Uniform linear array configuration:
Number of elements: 12
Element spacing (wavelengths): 0.5
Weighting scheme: hamming
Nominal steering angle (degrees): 60
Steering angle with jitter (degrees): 61.855
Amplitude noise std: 0.05
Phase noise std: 0.05

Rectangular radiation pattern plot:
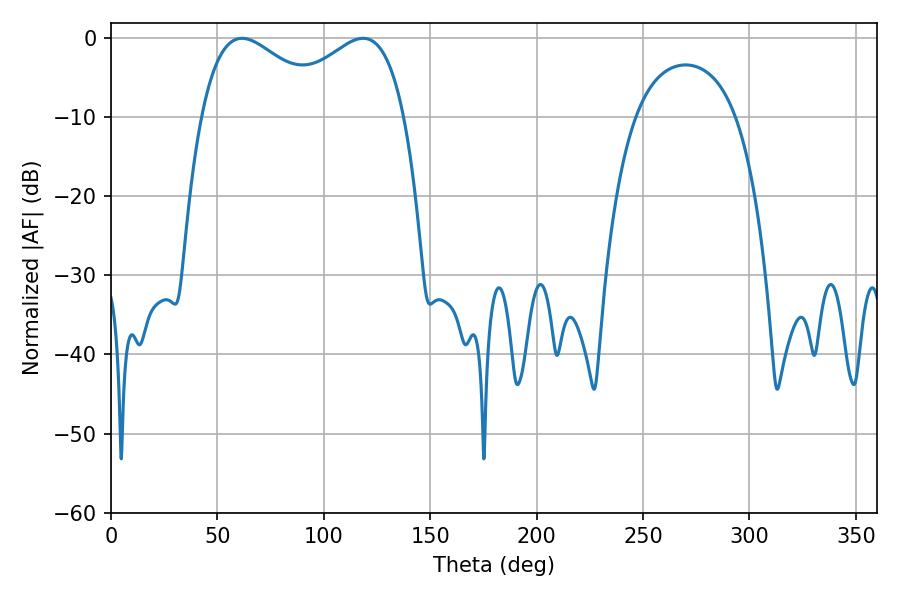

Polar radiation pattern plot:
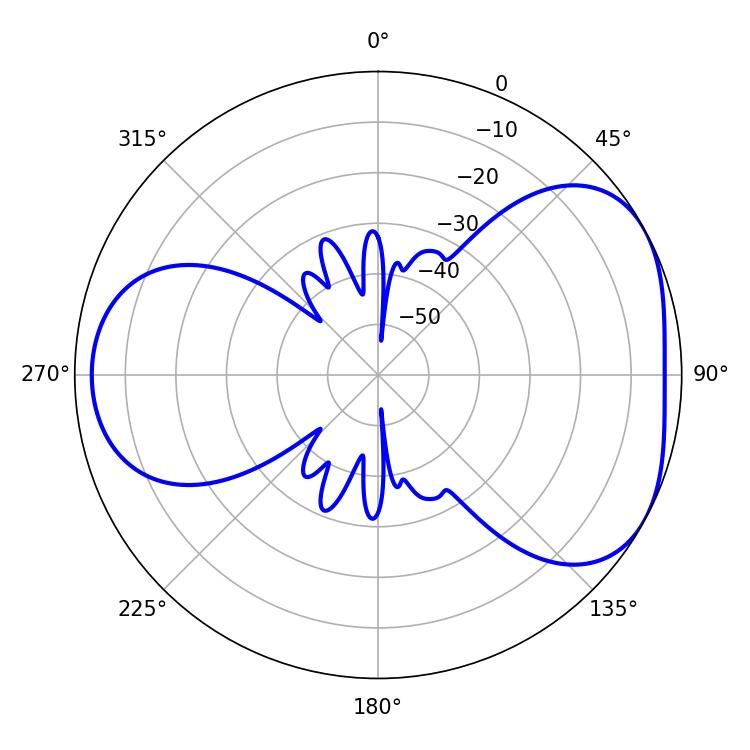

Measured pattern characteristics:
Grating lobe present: FALSE
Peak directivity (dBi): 4.454
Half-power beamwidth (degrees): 33.3
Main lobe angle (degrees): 61.56